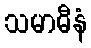
သမာဓီနံ